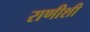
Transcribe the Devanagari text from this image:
राणीशी